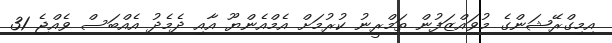
އިމިގްރޭޝަންގެ މުވައްޒަފުން ތަމްރީނު ކުރުމަށް އެމްއެންޔޫ އާއި ދެމެދު އެއްބަސް ވެއްޖެ 31